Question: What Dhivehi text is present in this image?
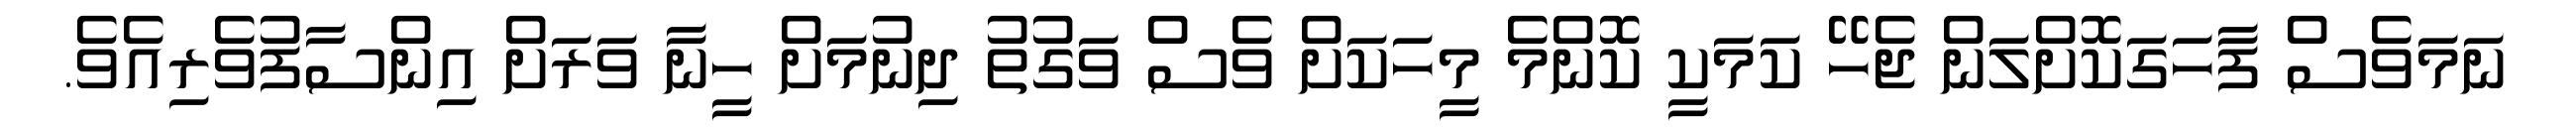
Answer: ނަމަވެސް ފާހަގަކޮށްލަން ޖެހޭ ކަމަކީ ކޮންމެ މީހަކަށް ވެސް ވަގުތު ދިނުމަށް ހީނާ ވަރަށް އިންސާފުވެރިއެވެ.